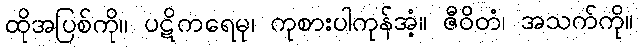
ထိုအပြစ်ကို။ ပဋိကရေမု၊ ကုစားပါကုန်အံ့။ ဇီဝိတံ၊ အသက်ကို။